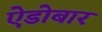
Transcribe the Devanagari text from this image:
ऐडोबार